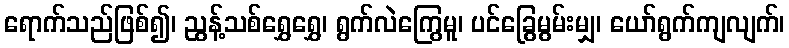
ရောက်သည်ဖြစ်၍၊ ညွန့်သစ်ရွှေရွှေ၊ ရွက်လဲကြွေမူ၊ ပင်ခြွေမွမ်းမျှ၊ ယော်ရွက်ကျလျက်၊